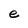
Character: e